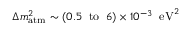
\Delta m _ { \mathrm { a t m } } ^ { 2 } \sim ( 0 . 5 \; \; \mathrm { t o } \; \; 6 ) \times 1 0 ^ { - 3 } \; \; \mathrm { e V } ^ { 2 }